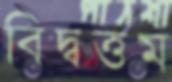
বিদ্বত্তম